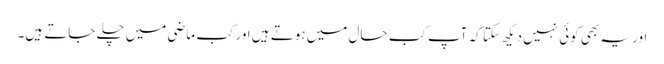
اور یہ بھی کوئی نہیں دیکھ سکتا کہ آپ کب حال میں ہوتے ہیں اور کب ماضی میں چلے جاتے ہیں۔